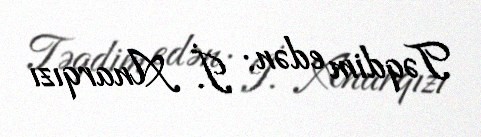
Təqdim edən: İ. Anarqızı